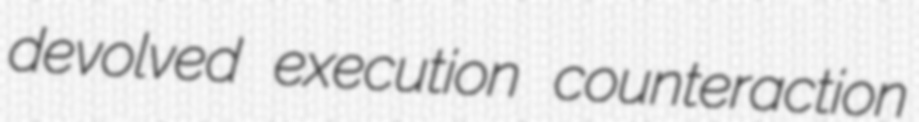
devolved execution counteraction